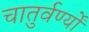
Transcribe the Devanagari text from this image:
चातुर्वर्ण्यों